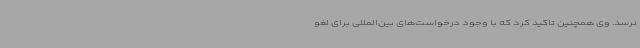
نرسد. وی همچنین تاکید کرد که با وجود درخواست‌های بین‌المللی برای لغو